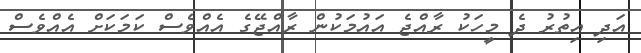
އަދި އިތުރު ދެ މީހަކު ރާއްޖެ އައުމަކުން ރާއްޖޭގެ އެއްވެސް ކަމަކަށް އެއްވެސް